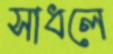
সাধলে